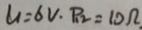
U = 6 V \cdot P _ { 1 2 } = 1 0 \Omega